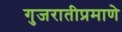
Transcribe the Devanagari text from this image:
गुजरातीप्रमाणे